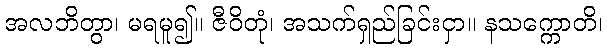
အလဘိတွာ၊ မရမူ၍။ ဇီဝိတုံ၊ အသက်ရှည်ခြင်းငှာ။ နသက္ကောတိ၊